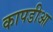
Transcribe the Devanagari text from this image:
कापडीआ